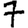
Digit: 7